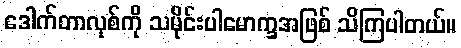
ဒေါက်တာလုစ်ကို သမိုင်းပါမောက္ခအဖြစ် သိကြပါတယ်။